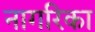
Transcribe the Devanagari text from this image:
नागरिका